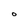
Character: O